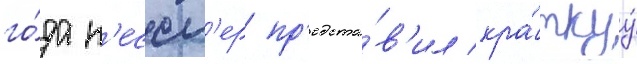
го́да к'ессл'ер пр'едста́в'ил кра́ткуу